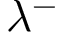
\lambda ^ { - }